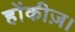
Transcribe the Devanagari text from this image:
होंकीज़।